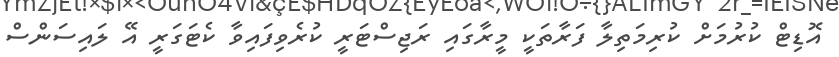
އޮޑިޓް ކުރުމަށް ކުރިމަތިލާ ފަރާތަކީ މީރާގައި ރަޖިސްޓަރީ ކުރެވިފައިވާ ކެޓަގަރީ އޭ ލައިސަންސް